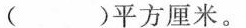
( )平方厘米。 12cm